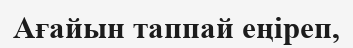
Ағайын таппай еңіреп,